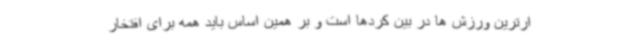
ارترین ورزش ها در بین کردها است و بر همین اساس باید همه برای افتخار